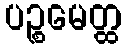
ပဉ္စမေတ္ထ